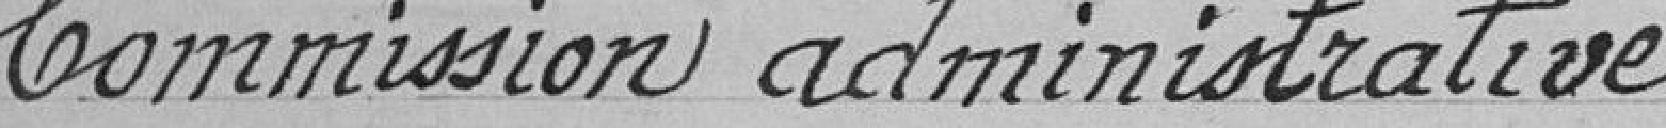
Commission administrative